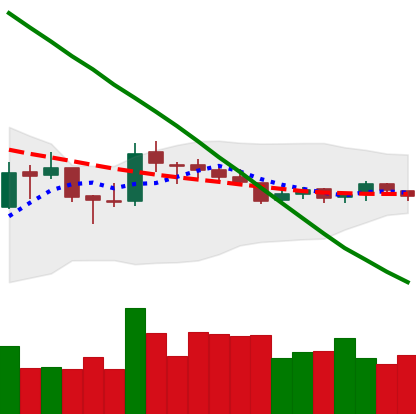
Ticker: LTC-USD
Chart end date: 2018-10-10
Forward return: -5.35%
Label: down_5_7